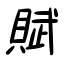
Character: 賦